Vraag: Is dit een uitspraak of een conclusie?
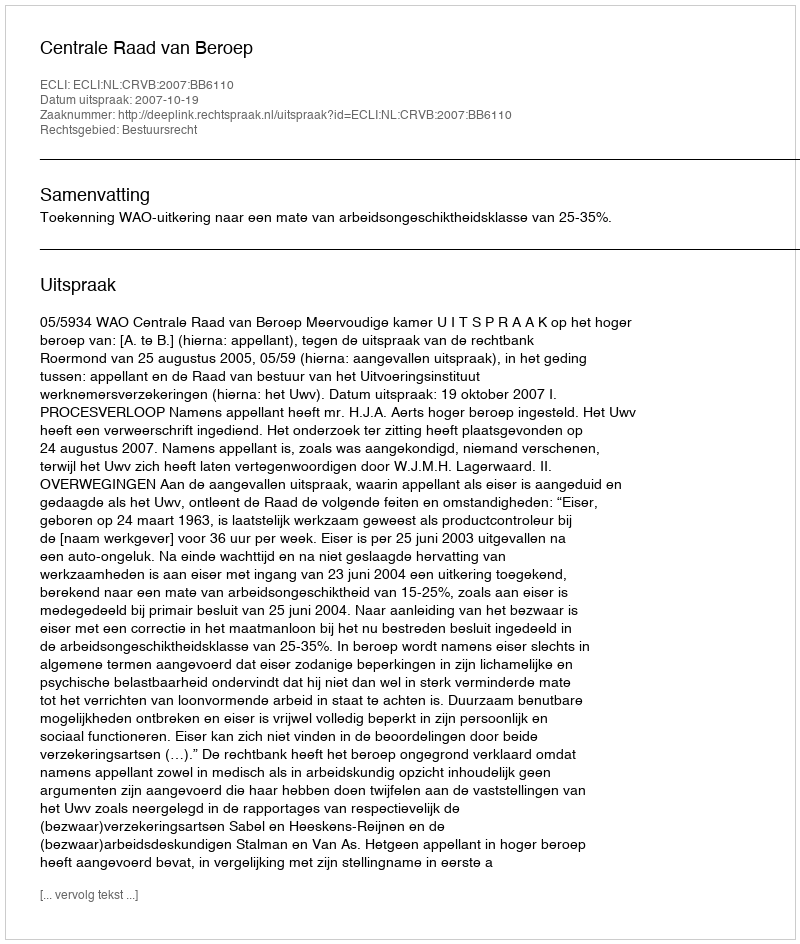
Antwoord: Uitspraak